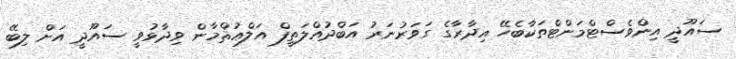
ސައޫދީ އިންވެސްޓްމަންޓްތަކާބެހޭ އިދާރާގެ ގަވަރުނަރު އަބްދުއްލަތީފް އަލްޢުޘްމާން ވިދާޅުވީ ސައޫދީ އަށް ލިބޭ